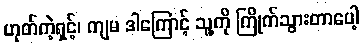
ဟုတ်ကဲ့ရှင့်၊ ကျမ ဒါကြောင့် သူ့ကို ကြိုက်သွားတာပေါ့